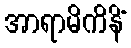
အာရာမိကိနိံ